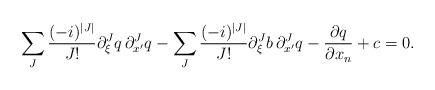
LaTeX: \begin{align*} \sum_{J} \frac{(-i)^{|J|}}{J !} \partial_{\xi}^{J}q \, \partial_{x^\prime}^{J}q - \sum_{J} \frac{(-i)^{|J|}}{J !} \partial_{\xi}^{J}b \, \partial_{x^\prime}^{J}q - \frac{\partial q}{\partial x_n} + c = 0. \end{align*}